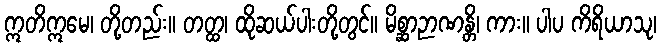
ဣတိဣမေ၊ တို့တည်း။ တတ္ထ၊ ထိုဆယ်ပါးတို့တွင်။ မိစ္ဆာဉာဏန္တိ၊ ကား။ ပါပ ကိရိယာသု၊